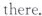
there.